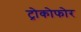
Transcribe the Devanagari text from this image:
ट्रोकोफोर